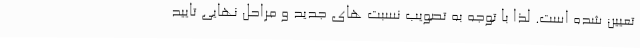
تعیین شده است. لذا با توجه به تصویب نسبت های جدید و مراحل نهایی تایید